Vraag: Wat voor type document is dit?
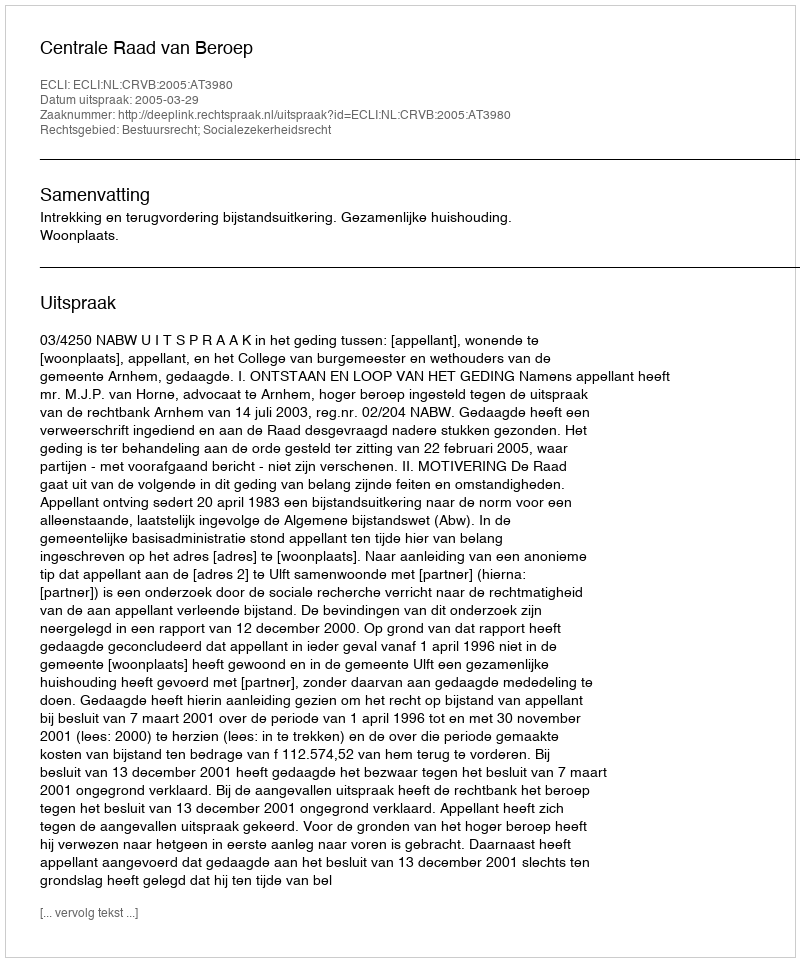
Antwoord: Uitspraak